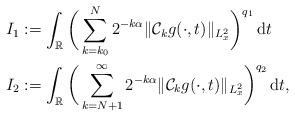
LaTeX: \begin{align*}I_1 & := \int_\mathbb{R} \bigg(\sum_{k=k_0}^N 2^{-k\alpha}\|\mathcal{C}_{k}g(\cdot,t)\|_{L^2_x}\bigg)^{q_1}\, \mathrm{d}t \\I_2 & := \int_\mathbb{R} \bigg(\sum_{k=N+1}^\infty 2^{-k\alpha}\|\mathcal{C}_{k}g(\cdot,t)\|_{L^2_x}\bigg)^{q_2}\, \mathrm{d}t,\end{align*}